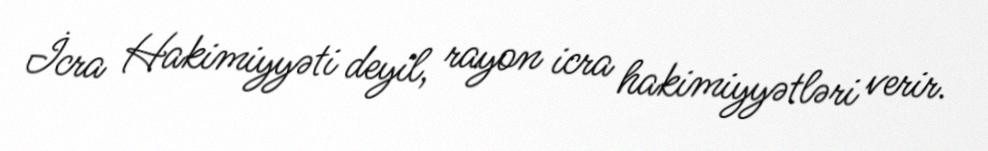
İcra Hakimiyyəti deyil, rayon icra hakimiyyətləri verir.